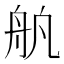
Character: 舧